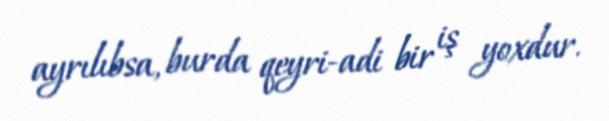
ayrılıbsa, burda qeyri-adi bir iş yoxdur.